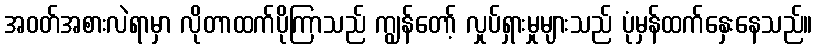
အဝတ်အစားလဲရာမှာ လိုတာထက်ပိုကြာသည် ကျွန်တော့် လှုပ်ရှားမှုများသည် ပုံမှန်ထက်နှေးနေသည်။